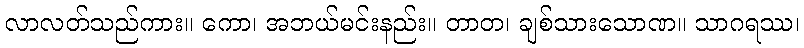
လာလတ်သည်ကား။ ကော၊ အဘယ်မင်းနည်း။ တာတ၊ ချစ်သားသောဏ။ သာဂရဿ၊